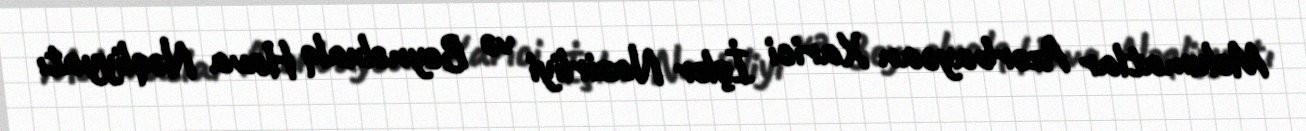
Məlumatlar Azərbaycan Xarici İşlər Nazirliyi və Beynəlxalq Hava Nəqliyyatı